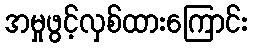
အမှုဖွင့်လှစ်ထားကြောင်း